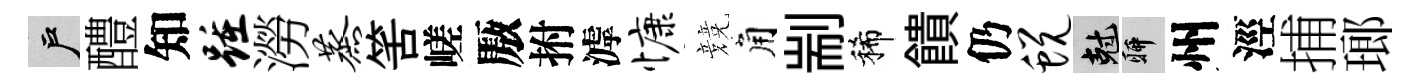
户醴知踵澇蒸筈嵯厫拊滹慷競角剬稀饋仍蜕剋聊州涇捕瑯